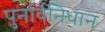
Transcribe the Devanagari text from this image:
पुनर्विनिधान